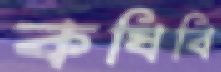
কষিবি